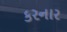
કરનાર